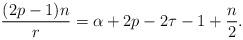
LaTeX: \begin{align*}\frac{(2p-1)n}{r}=\alpha+2p-2\tau-1+\frac{n}{2}.\end{align*}